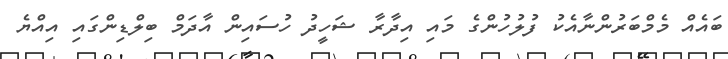
ބައެއް މެމްބަރުންނާއެކު ފުލުހުންގެ މައި އިދާރާ ޝަހީދު ހުސައިން އާދަމް ބިލްޑިންގައި އިއްޔެ